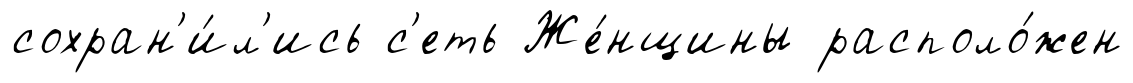
сохран'и́л'ись с'еть Же́нщины располо́жен